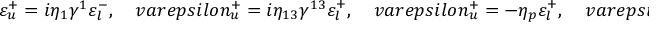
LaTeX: \varepsilon _ { u } ^ { + } = i \eta _ { 1 } \gamma ^ { 1 } \varepsilon _ { l } ^ { - } , \ \ \ \ \, v a r e p s i l o n _ { u } ^ { + } = i \eta _ { 1 3 } \gamma ^ { 1 3 } \varepsilon _ { l } ^ { + } , \ \ \ \ \, v a r e p s i l o n _ { u } ^ { + } = - \eta _ { p } \varepsilon _ { l } ^ { + } , \ \ \ \ \, v a r e p s i l o n _ { u } ^ { + } = \eta _ { 3 } \gamma ^ { 3 } \varepsilon _ { l } ^ { - } ,